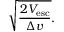
{ \sqrt { \frac { 2 V _ { \mathrm { e s c } } } { \Delta v } } } .